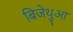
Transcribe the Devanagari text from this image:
बिजेथुआ